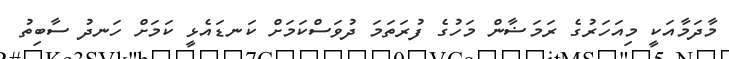
މާދަމާއަކީ މިއަހަރުގެ ރަމަޟާން މަހުގެ ފުރަތަމަ ދުވަސްކަމަށް ކަނޑައެޅީ ކަމަށް ހަނދު ސާބިތު